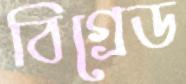
বিগ্রেড